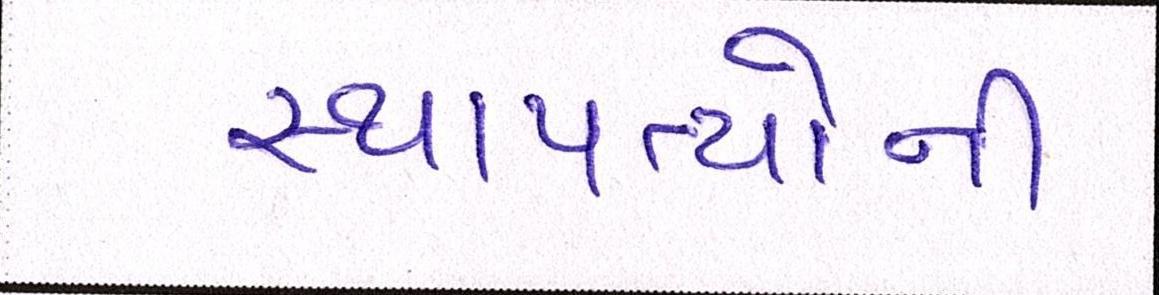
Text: સ્થાપત્યોની